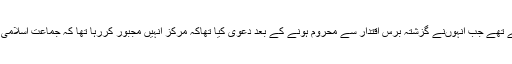
یہ حلقے محبوبہ مفتی کے اُس بیان کو اسی تناظر میں دیکھ رہے تھے جب انہوںنے گزشتہ برس اقتدار سے محروم ہونے کے بعد دعویٰ کیا تھاکہ مرکز انہیں مجبور کررہا تھا کہ جماعت اسلامی کارکنوںکو جیلوںمیں دھکیلا جائے ،’’ مگر میںنے انکار کیا‘‘۔